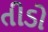
તીડો